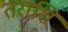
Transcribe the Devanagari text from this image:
तराशि